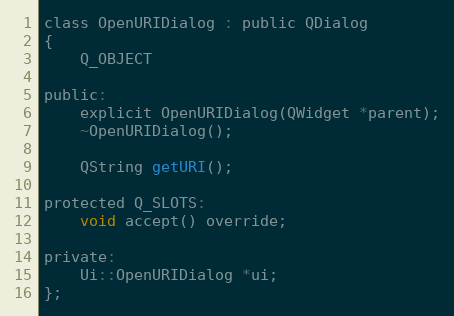
Language: C
class OpenURIDialog : public QDialog
{
    Q_OBJECT

public:
    explicit OpenURIDialog(QWidget *parent);
    ~OpenURIDialog();

    QString getURI();

protected Q_SLOTS:
    void accept() override;

private:
    Ui::OpenURIDialog *ui;
};